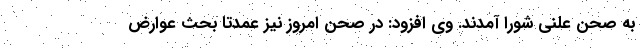
به صحن علنی شورا آمدند. وی افزود: در صحن امروز نیز عمدتا بحث عوارض